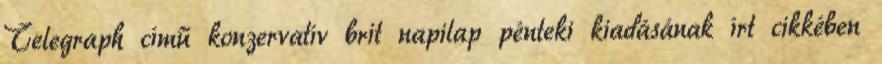
Telegraph című konzervatív brit napilap pénteki kiadásának írt cikkében